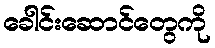
ခေါင်းဆောင်တွေကို